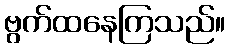
ဗွက်ထနေကြသည်။